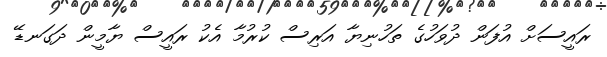
ރައީސަށް އުފަން ދުވަހުގެ ތަހުނިޔާ އަރިސް ކުރުމާ އެކު ރައީސް ޔާމީން ދަގަނޑޭ